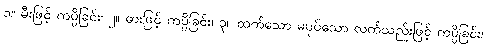
၁။ မီးဖြင့် ကပ္ပိခြင်း၊ ၂။ ဓားဖြင့် ကပ္ပိခြင်း၊ ၃။ ထက်သော မပုပ်သော လက်သည်းဖြင့် ကပ္ပိခြင်း၊